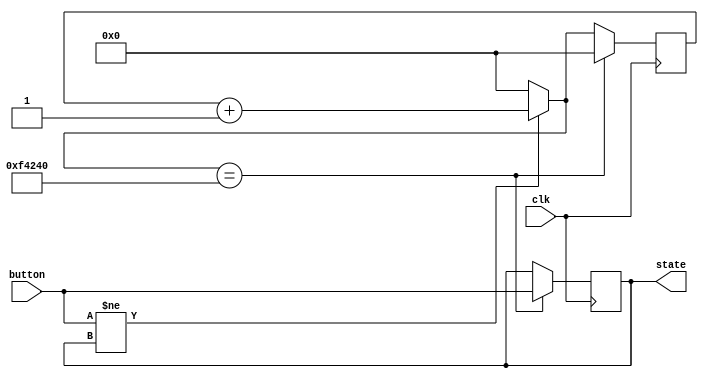
module debouncer #(parameter width=20, parameter top=1000000) (input clk, input button, output reg state);

reg [width-1:0] count;


initial state=0;
initial count=0;

always @(posedge clk)
begin
	if(button != state)
		count = count+1;
	else
		count = 0;

	if(count == top)
	begin
		state=button;
		count = 0;
	end
end
endmodule